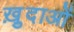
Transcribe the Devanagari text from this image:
ख़़ुदाओं